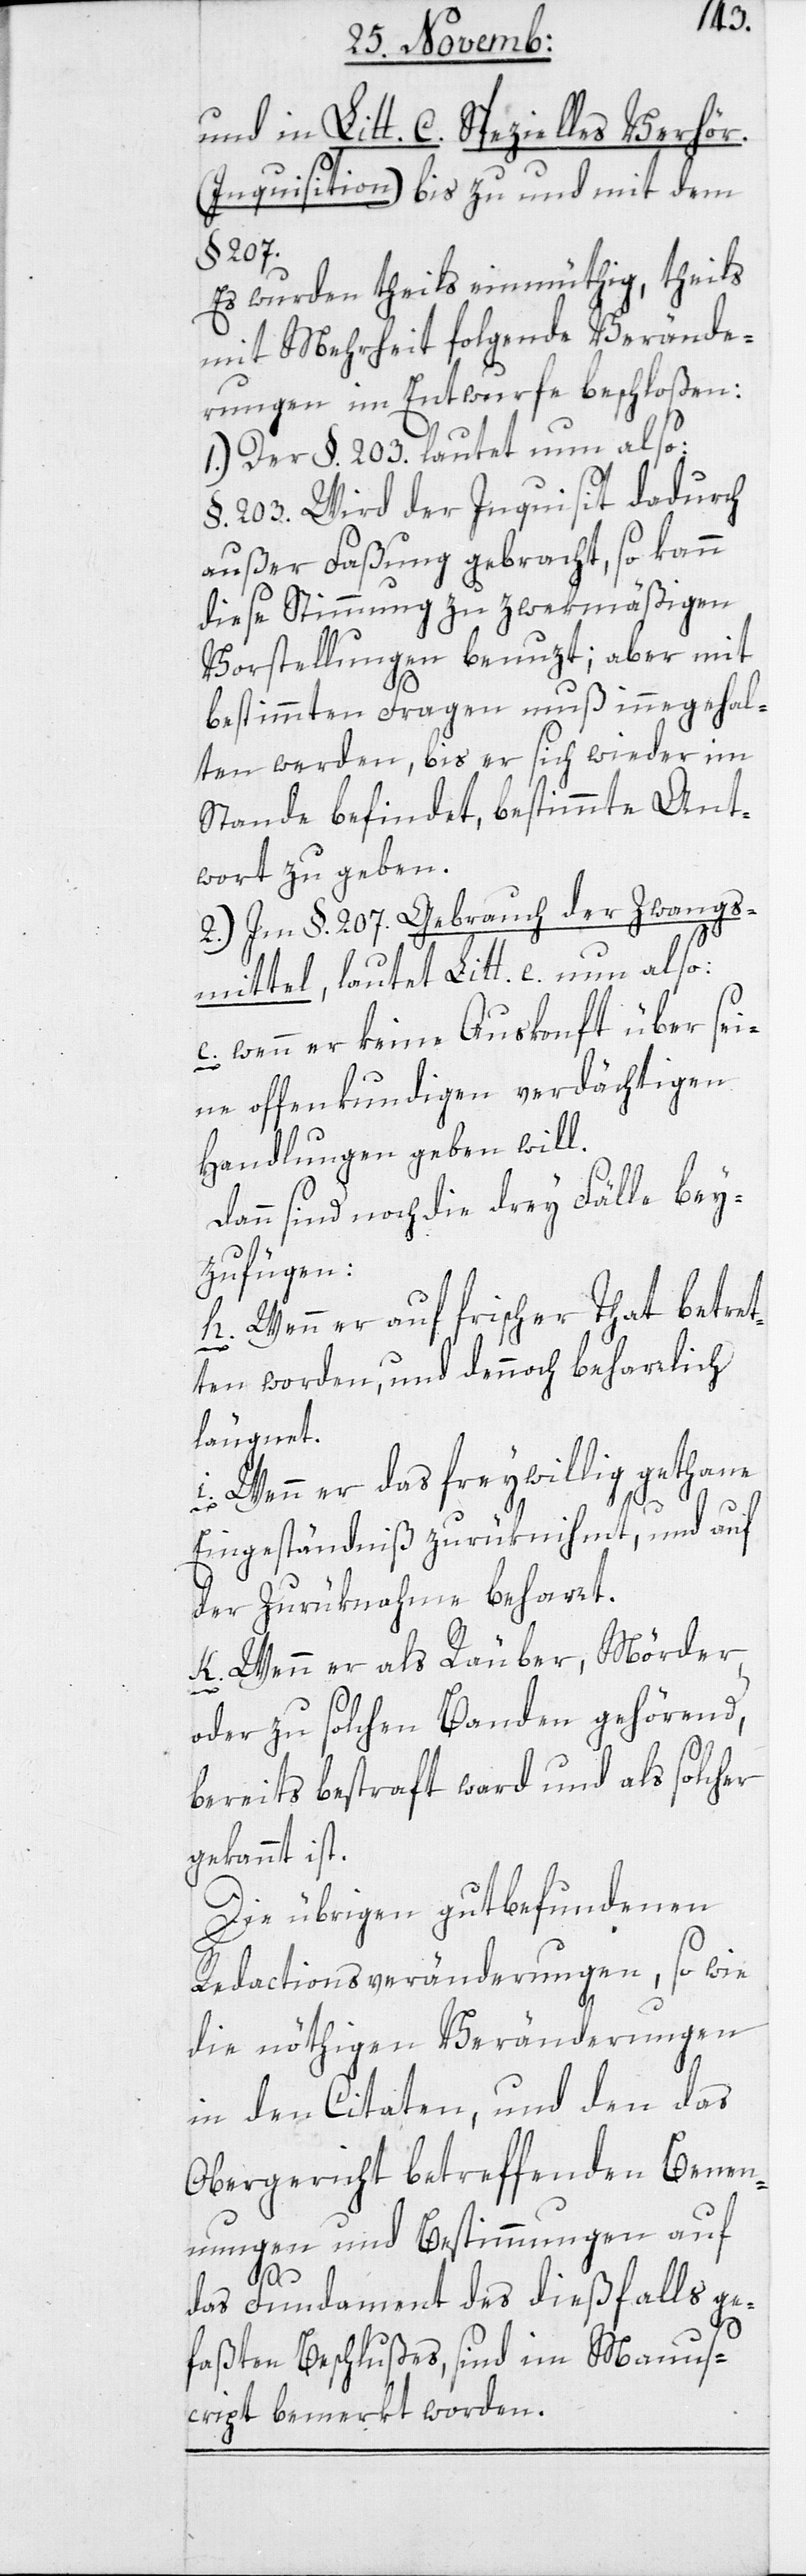
und in Litt. C. Spezielles Verhör.
(Inquisition) bis zu und mit dem
§ 207.
Es wurden theils einmüthig, theils
mit Mehrheit folgende Verände¬
rungen im Entwurfe beschloßen:
1.) Der §. 203. lautet nun also:
§. 203. Wird der Inquisit dadurch
außer Faßung gebracht, so kann
diese Stimmung zu zwekmäßigen
Vorstellungen benuzt; aber mit
bestimmten Fragen muß inneghal¬
ten werden, bis er sich wieder im
Stande befindet, bestimmte Ant¬
wort zu geben.
2.) Im §. 207 Gebrauch der Zwangs¬
mittel, lautet Litt. e. nun also:
wenn er keine Auskunft über sei¬
ne offenkundigen verdächtigen
Handlungen geben will.
dann sind noch die drey Fälle bei¬
zufügen:
h. Wenn er auf frischer Tat betret¬
ten worden, und dennoch beharrlich
leugnet.
i. Wenn er das freywillig gethane
Eingeständniß zurüknimmt, und auf
der Zurüknahme beharrt.
k. Wenn er als Räuber, Mörder,
oder zu solchen Banden gehörend,
bereits bestraft ward und als solcher
gekannt ist.
Die übrigen gut befundenen
Redactionsveränderungen, so wie
die nöthigen Veränderungen
in den Citaten, und den das
Obergericht betreffenden Benen¬
nungen und Bestimmungen auf
das Fundament des dießfalls ge¬
faßten Beschlußes, sind im Manus¬
cript bemerkt worden.